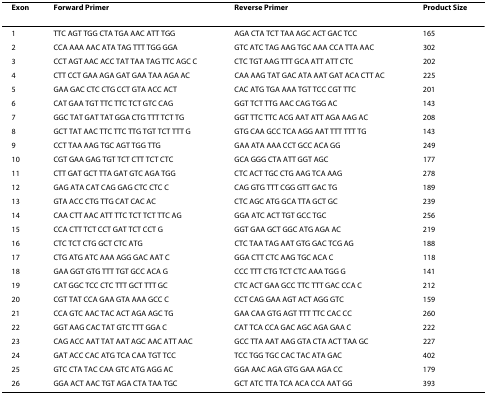
<table><thead><tr><td><b>Exon</b></td><td><b>Forward Primer</b></td><td><b>Reverse Primer</b></td><td><b>Product Size</b></td></tr></thead><tbody><tr><td>1</td><td>TTC AGT TGG CTA TGA AAC ATT TGG</td><td>AGA CTA TCT TAA AGC ACT GAC TCC</td><td>165</td></tr><tr><td>2</td><td>CCA AAA AAC ATA TAG TTT TGG GGA</td><td>GTC ATC TAG AAG TGC AAA CCA TTA AAC</td><td>302</td></tr><tr><td>3</td><td>CCT AGT AAC ACC TAT TAA TAG TTC AGC C</td><td>CTC TGT AAG TTT GCA ATT ATT CTC</td><td>202</td></tr><tr><td>4</td><td>CTT CCT GAA AGA GAT GAA TAA AGA AC</td><td>CAA AAG TAT GAC ATA AAT GAT ACA CTT AC</td><td>225</td></tr><tr><td>5</td><td>GAA GAC CTC CTG CCT GTA ACC ACT</td><td>CAC ATG TGA AAA TGT TCC CGT TTC</td><td>201</td></tr><tr><td>6</td><td>CAT GAA TGT TTC TTC TCT GTC CAG</td><td>GGT TCT TTG AAC CAG TGG AC</td><td>143</td></tr><tr><td>7</td><td>GGC TAT GAT TAT GGA CTG TTT TCT TG</td><td>GGT TTC TTC ACG AAT ATT AGA AAG AC</td><td>208</td></tr><tr><td>8</td><td>GCT TAT AAC TTC TTC TTG TGT TCT TTT G</td><td>GTG CAA GCC TCA AGG AAT TTT TTT TG</td><td>143</td></tr><tr><td>9</td><td>CCT TAA AAG TGC AGT TGG TTG</td><td>GAA ATA AAA CCT GCC ACA GG</td><td>249</td></tr><tr><td>10</td><td>CGT GAA GAG TGT TCT CTT TCT CTC</td><td>GCA GGG CTA ATT GGT AGC</td><td>177</td></tr><tr><td>11</td><td>CTT GAT GCT TTA GAT GTC AGA TGG</td><td>CTC ACT TGC CTG AAG TCA AAG</td><td>278</td></tr><tr><td>12</td><td>GAG ATA CAT CAG GAG CTC CTC C</td><td>CAG GTG TTT CGG GTT GAC TG</td><td>189</td></tr><tr><td>13</td><td>GTA ACC CTG TTG CAT CAC AC</td><td>CTC AGC ATG GCA TTA GCT GC</td><td>239</td></tr><tr><td>14</td><td>CAA CTT AAC ATT TTC TCT TCT TTC AG</td><td>GGA ATC ACT TGT GCC TGC</td><td>256</td></tr><tr><td>15</td><td>CCA CTT TCT CCT GAT TCT CCT G</td><td>GGT GAA GCT GGC ATG AGA AC</td><td>219</td></tr><tr><td>16</td><td>CTC TCT CTG GCT CTC ATG</td><td>CTC TAA TAG AAT GTG GAC TCG AG</td><td>188</td></tr><tr><td>17</td><td>CTG ATG ATC AAA AGG GAC AAT C</td><td>GGA CTT CTC AAG TGC ACA C</td><td>118</td></tr><tr><td>18</td><td>GAA GGT GTG TTT TGT GCC ACA G</td><td>CCC TTT CTG TCT CTC AAA TGG G</td><td>141</td></tr><tr><td>19</td><td>CAT GGC TCC CTC TTT GCT TTT GC</td><td>CTC ACT GAA GCC TTC TTT GAC CCA C</td><td>212</td></tr><tr><td>20</td><td>CGT TAT CCA GAA GTA AAA GCC C</td><td>CCT CAG GAA AGT ACT AGG GTC</td><td>159</td></tr><tr><td>21</td><td>CCA GTC AAC TAC ACT AGA AGC TG</td><td>GAA CAA GTG AGT TTT TTC CAC CC</td><td>260</td></tr><tr><td>22</td><td>GGT AAG CAC TAT GTC TTT GGA C</td><td>CAT TCA CCA GAC AGC AGA GAA C</td><td>222</td></tr><tr><td>23</td><td>CAG ACC AAT TAT AAT AGC AAC ATT AAC</td><td>GCC TTA AAT AAG GTA CTA ACT TAA GC</td><td>227</td></tr><tr><td>24</td><td>GAT ACC CAC ATG TCA CAA TGT TCC</td><td>TCC TGG TGC CAC TAC ATA GAC</td><td>402</td></tr><tr><td>25</td><td>GTC CTA TAC CAA GTC ATG AGG AC</td><td>GGA AAC AGA GTG GAA AGA CC</td><td>179</td></tr><tr><td>26</td><td>GGA ACT AAC TGT AGA CTA TAA TGC</td><td>GCT ATC TTA TCA ACA CCA AAT GG</td><td>393</td></tr></tbody></table>